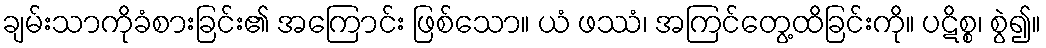
ချမ်းသာကိုခံစားခြင်း၏ အကြောင်း ဖြစ်သော။ ယံ ဖဿံ၊ အကြင်တွေ့ထိခြင်းကို။ ပဋိစ္စ၊ စွဲ၍။